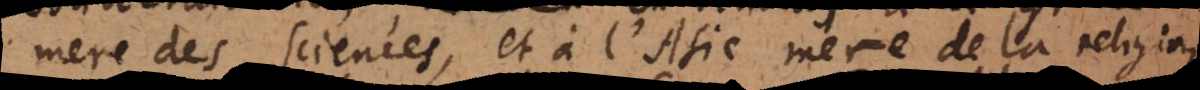
mere des sciences, et à l’Asie, mere de la religion,